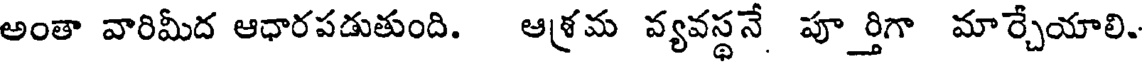
అంతా వారిమీద ఆధారపడుతుంది. ఆశ్రమ వ్యవస్థనే పూర్తిగా మార్చేయాలి.